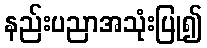
နည်းပညာအသုံးပြု၍